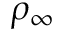
\rho _ { \infty }